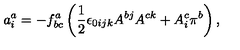
a _ { i } ^ { a } = - f _ { b c } ^ { a } \left( \frac { 1 } { 2 } \epsilon _ { 0 i j k } A ^ { b j } A ^ { c k } + A _ { i } ^ { c } \pi ^ { b } \right) ,